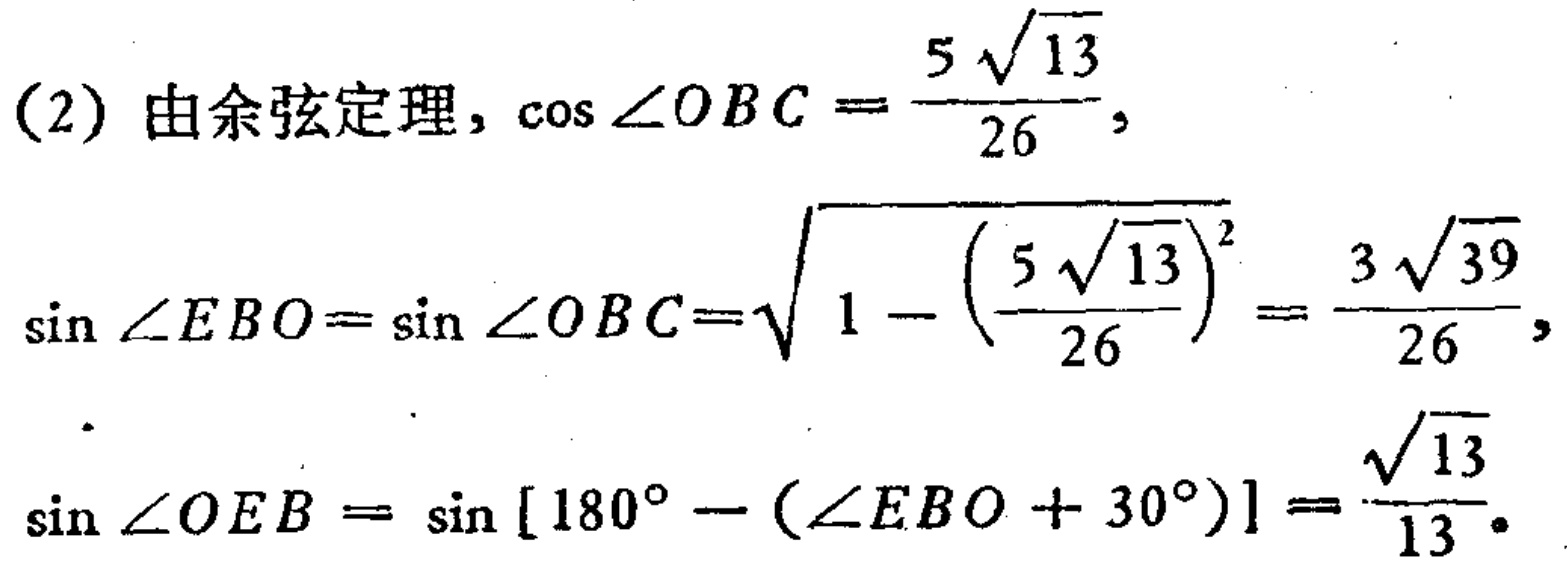
(2) 由余弦定理, \(\cos\angle OBC = \frac{5\sqrt{13}}{26}\),
\(\sin\angle EBO=\sin\angle OBC=\sqrt{1 - \left(\frac{5\sqrt{13}}{26}\right)^2}=\frac{3\sqrt{39}}{26}\),
\(\sin\angle OEB = \sin [180^{\circ}-(\angle EBO + 30^{\circ})]=\frac{\sqrt{13}}{13}\).